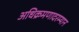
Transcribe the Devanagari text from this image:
अधिक्रमणादरम्यान